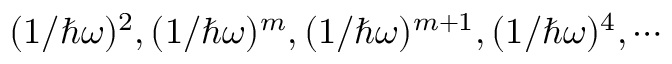
( 1 / \hbar \omega ) ^ { 2 } , ( 1 / \hbar \omega ) ^ { m } , ( 1 / \hbar \omega ) ^ { m + 1 } , ( 1 / \hbar \omega ) ^ { 4 } , \cdots